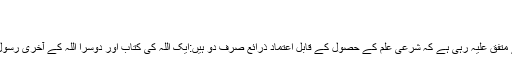
ا)
حدیث پر عمل کیسے
ٖ اہل اسلام میں یہ بات روز اول ہی سے متفق علیہ رہی ہے کہ شرعی علم کے حصول کے قابل اعتماد ذرائع صرف دو ہیں:ایک اللہ کی کتاب اور دوسرا اللہ کے آخری رسول صلی اللہ علیہ وسلم کی حدیث وسنت ۔